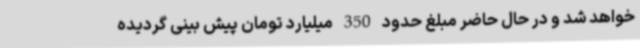
خواهد شد و در حال حاضر مبلغ حدود 350 میلیارد تومان پیش بینی گردیده